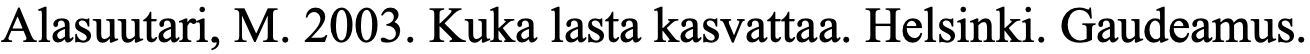
Alasuutari, M. 2003. Kuka lasta kasvattaa. Helsinki. Gaudeamus.